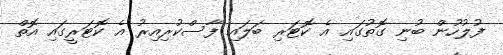
ފުލުހުން ބުނި ގޮތުގައި އެ ކޮޓަރި ބަލައި ފާސްކުރިއިރު އެ ކޮޓަރީގައި އޮތް